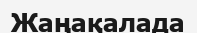
Жаңақалада